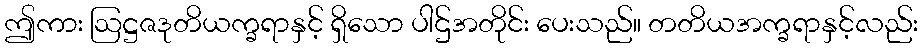
ဤကား ဩဋ္ဌဇဒုတိယက္ခရာနှင့် ရှိသော ပါဌ်အတိုင်း ပေးသည်။ တတိယအက္ခရာနှင့်လည်း